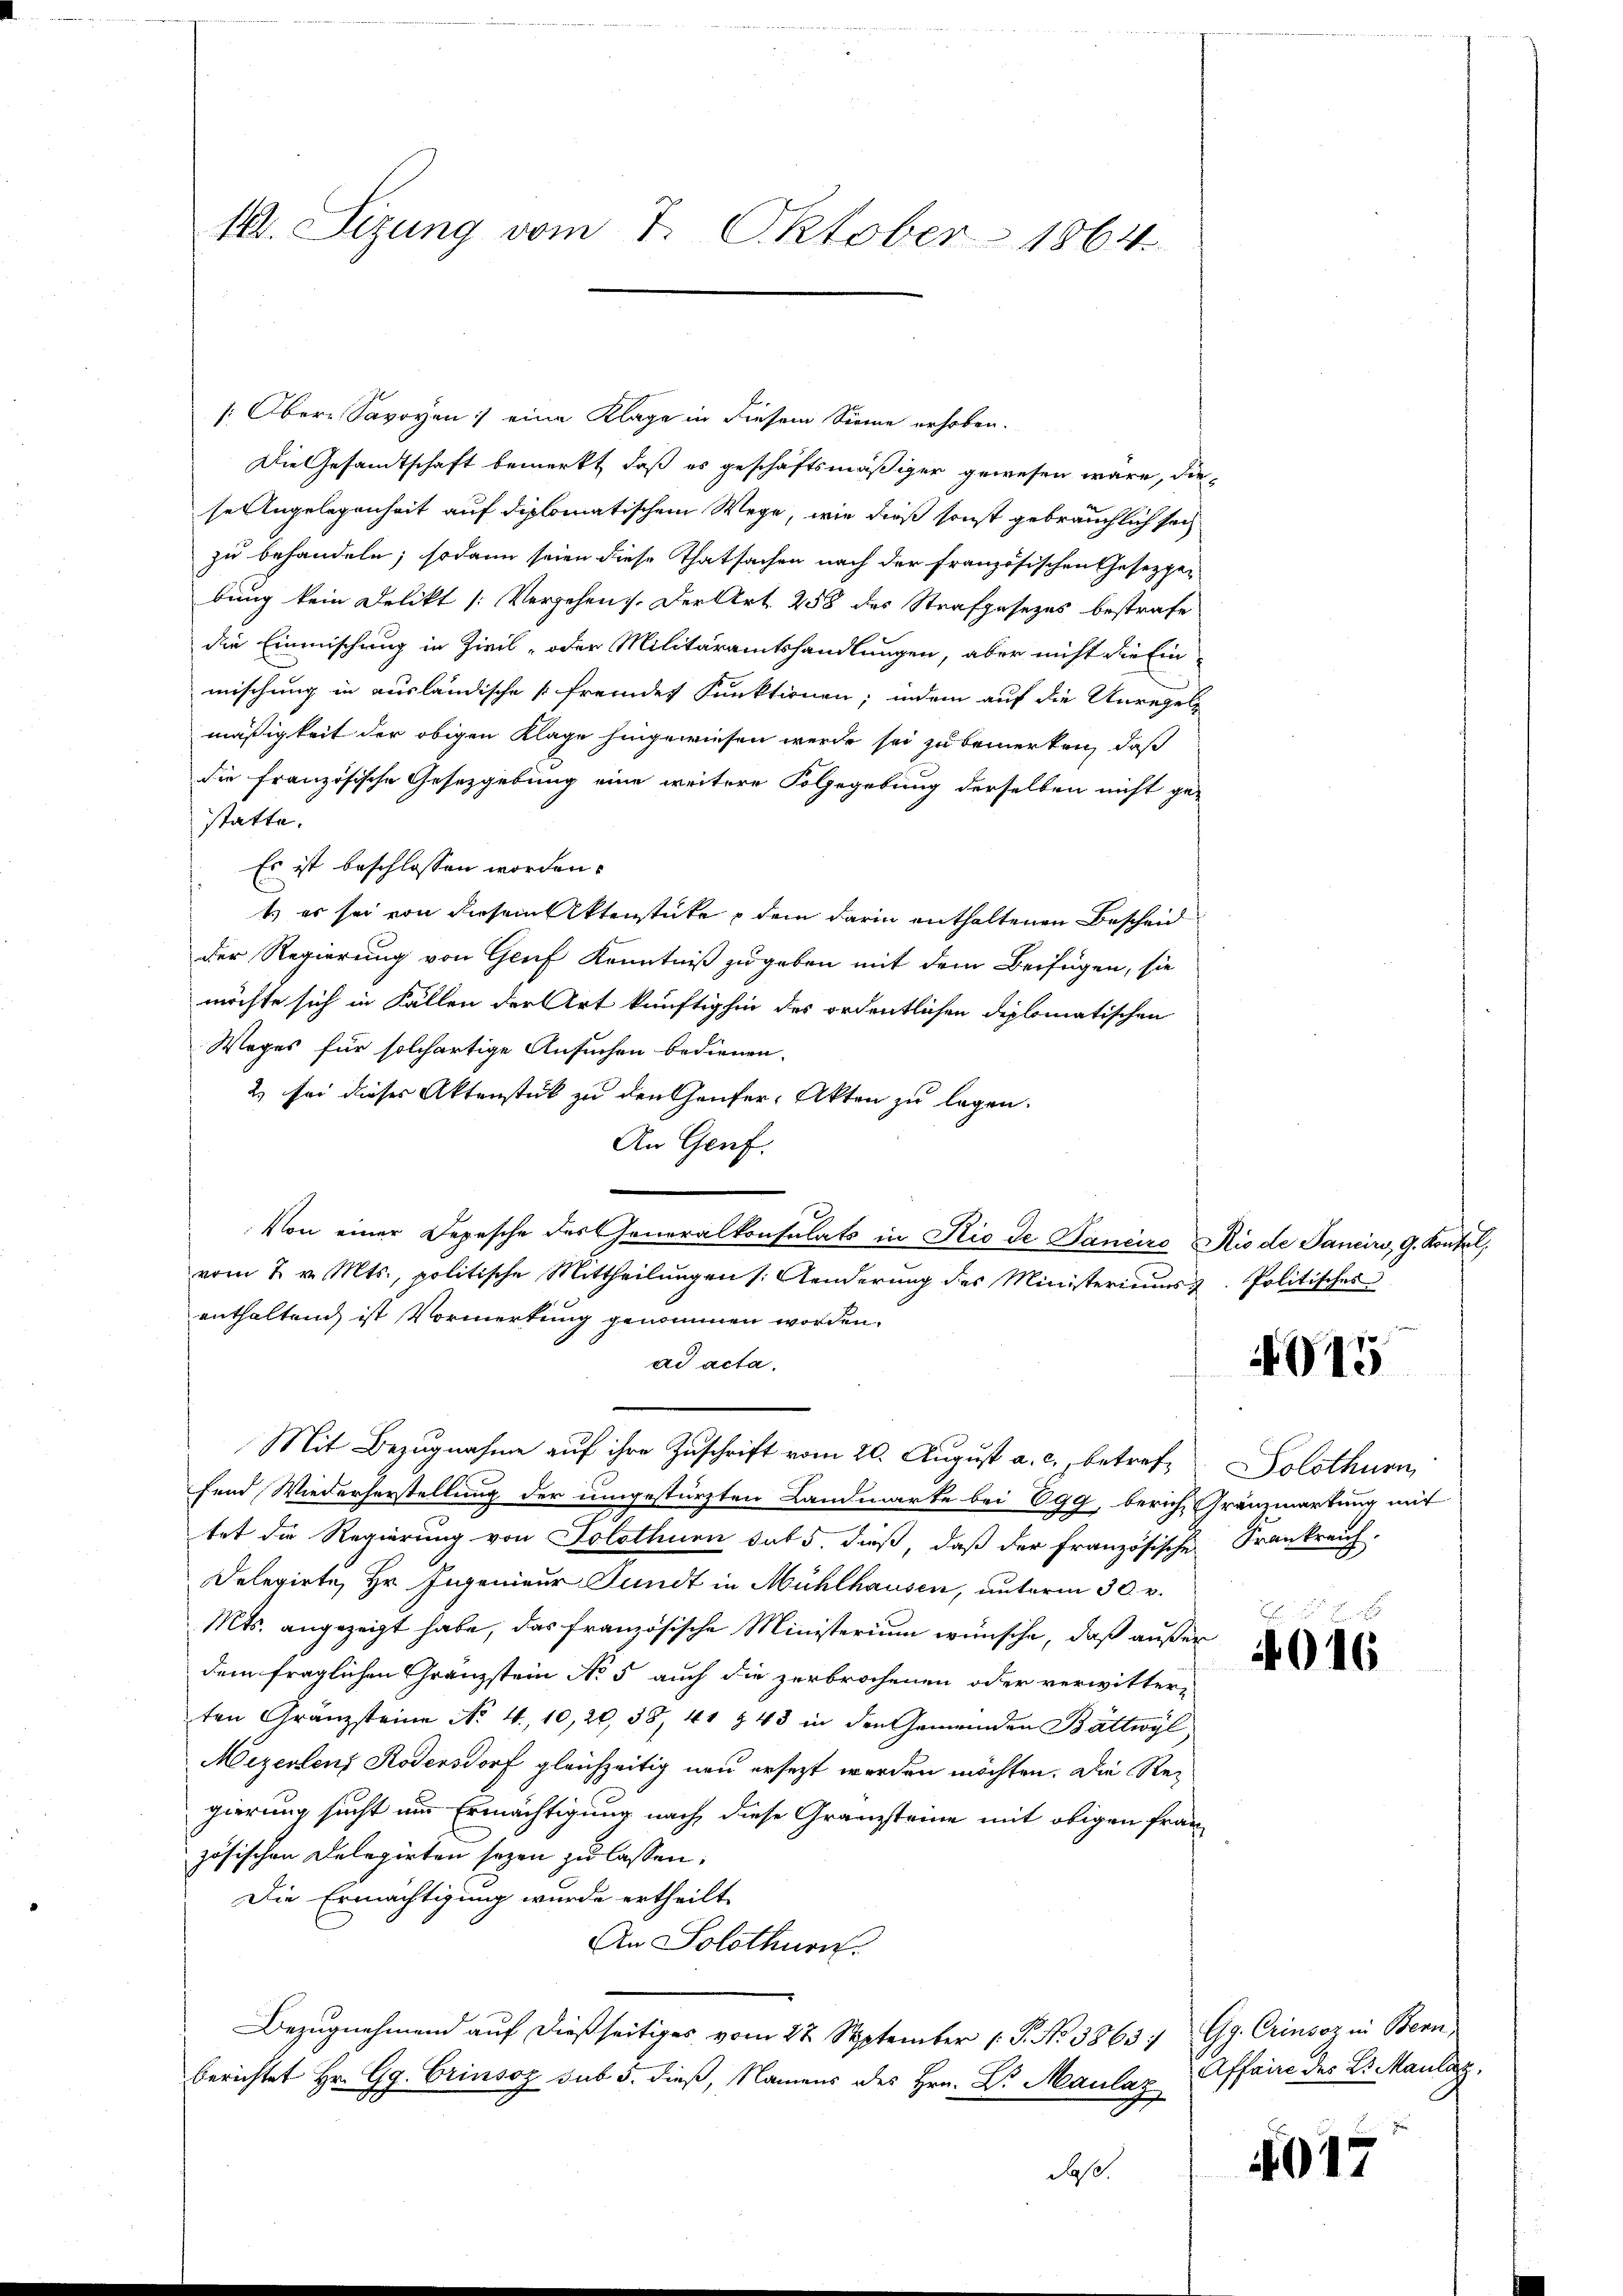
14. Sizung vom 7. Oktober 1864.

[Obere Savoyen :/ eine Klage in diesem Sinne erhoben.
Die Gesandtschaft bemerkt, daß es geschäftsmäßiger gewesen wäre, diese Angelegenheit auf diplomatischem Wege, wie dieß sonst gebräuchlich sich
zu behandeln; sodann seien diese Thatsachen nach der französischen Gesetzge-
bung kein Delikt (Vergehen. Der Art. 258 des Strafgesezes bestrafe
die Einmischung in Zivil- oder Militäramtshandlungen, aber nicht die Ein
mischung in ausländische s fremdet Punktionen; indem auf die Unregel
mäßigkeit der obigen Klage hingewiesen werde sei zu bemerken, daß
die französische Gesetzgebung eine weitere Folgegebung derselben nicht ge-
statte.
Es ist beschlossen worden.
t es sei von diesem Aktenstücke dem darin enthaltenen Bescheid
der Regierung von Genf Kenntniß zugeben mit dem Beifügen, sie
möchte sich in Fallen der Art künftighin des ordentlichen diplomatischen
Weges für solchartige Ansuchen bedienen.
2) sei dieses Aktenstück zu den häufer, Akten zu legen.
An Genf.
Von einer Depesche des Generalkonsulats in Rio de Janeiro Rio de Sancino, G. Kontel,
vom 2. v. Mts., politische Mittheilungen (: Aenderŭng des Ministeriums u. Politisches
enthaltend ist Vormerkung genommen worden.
ad acta.
Mit Bezugnahme auf ihre Zuschrift vom 20. August a. c. betreffend Wiederherstellung der umgestürzten Landmarte bei Egg, bericht Grenzmartung mit
tet die Regierung von Solothurn das 5. dieß, daß der französische Frankreich-
Delegirte Hr. Ingenieur Fundt in Mühlhausen, unterm 30. v.
Mts. angezeigt habe, das französische Ministerium wünsche, daß außer
dem fraglichen Gränzstein No 5 auch die zerbrochenen oder verwitter-
ten Gränzsteine No. 4. 10, 20, 38, 41 § 43 in den Gemeinden Bättwyl
Mezentenz Rodensdorf gleichzeitig neu ersezt werden möchten. Die Regierung sucht nur Ermächtigung nach diese Granzsteine mit obigen Frau
zösischen Delegirten sagen zu lassen.
Die Ermächtigung wurde ertheilt.
An Solothurn.
Bezugnehmend auf dießseitiges vom 27. September 1 P. No 3863; Gg. Crinsoz in Bern,
berichtet Hr. Gg. Grinsoz sub 5. dieß, Namens des Hrn. Dr. Maulaz
daß.

015

Solothurn

4016

Affaire des L. Maulaz

4017